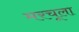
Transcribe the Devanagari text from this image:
मरचूला